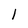
Character: l